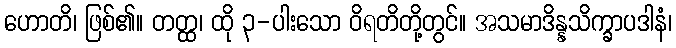
ဟောတိ၊ ဖြစ်၏။ တတ္ထ၊ ထို ၃-ပါးသော ဝိရတိတို့တွင်။ အသမာဒိန္နသိက္ခာပဒါနံ၊